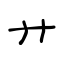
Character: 廾